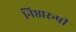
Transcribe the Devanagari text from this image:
निष्ठारूपी